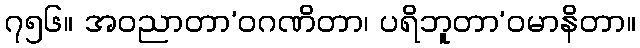
၇၅၆။ အဝညာတာ’ဝဂဏိတာ၊ ပရိဘူတာ’ဝမာနိတာ။